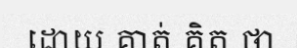
ដោយ គាត់ គិត ថា